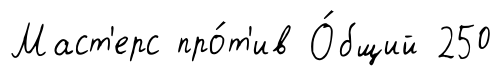
Маст'ерс про́т'ив О́бщий 250